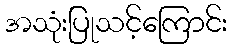
အသုံးပြုသင့်ကြောင်း